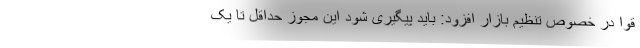
قوا در خصوص تنظیم بازار افزود: باید پیگیری شود این مجوز حداقل تا یک